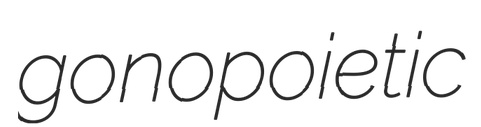
gonopoietic